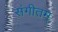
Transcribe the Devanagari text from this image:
संगीतम्‌